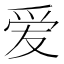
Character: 爱